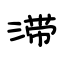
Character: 滞